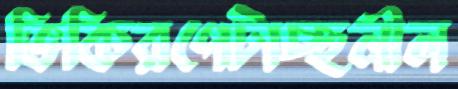
ভিকিরপেটাচ্ছনীল